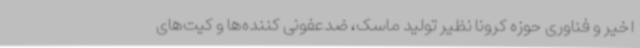
اخیر و فناوری حوزه کرونا نظیر تولید ماسک، ضدعفونی کننده‌ها و کیت‌های